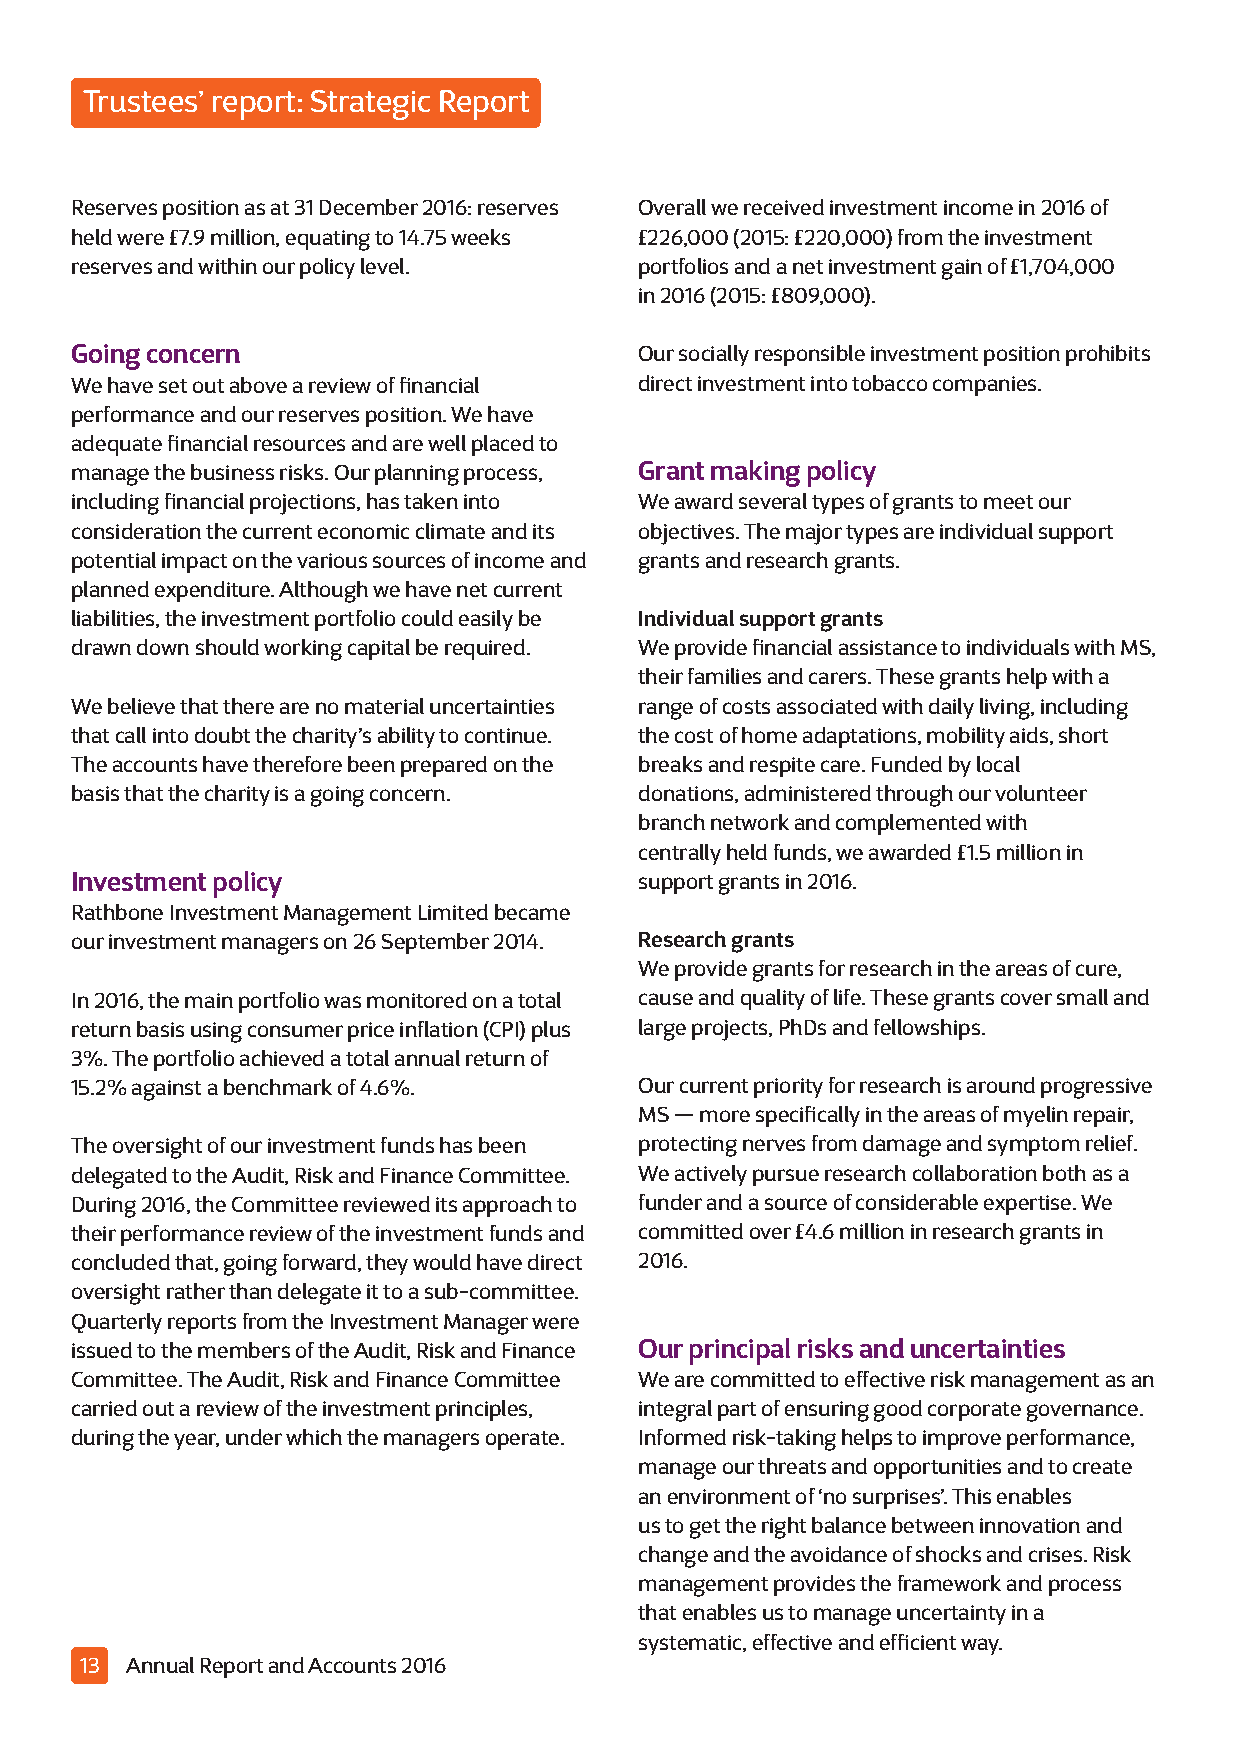
Trustees’ report: Strategic Report
 Reserves position as at 31 December 2016: reserves Overall we received investment income in 2016 of
 held were £7.9 million, equating to 14.75 weeks £226,000 (2015: £220,000) from the investment
 reserves and within our policy level. portfolios and a net investment gain of £1,704,000
 in 2016 (2015: £809,000).
 Going concern                        Our socially responsible investment position prohibits
 We have set out above a review of financial direct investment into tobacco companies.
 performance and our reserves position. We have
 adequate financial resources and are well placed to
 manage the business risks. Our planning process, Grant making policy
 including financial projections, has taken into We award several types of grants to meet our
 consideration the current economic climate and its objectives. The major types are individual support
 potential impact on the various sources of income and grants and research grants.
 planned expenditure. Although we have net current
 liabilities, the investment portfolio could easily be Individual support grants
 drawn down should working capital be required. We provide financial assistance to individuals with MS,
 their families and carers. These grants help with a
 We believe that there are no material uncertainties range of costs associated with daily living, including
 that call into doubt the charity’s ability to continue. the cost of home adaptations, mobility aids, short
 The accounts have therefore been prepared on the breaks and respite care. Funded by local
 basis that the charity is a going concern. donations, administered through our volunteer
 branch network and complemented with
 centrally held funds, we awarded £1.5 million in
 Investment policy                    support grants in 2016.
 Rathbone Investment Management Limited became
 our investment managers on 26 September 2014. Research grants
 We provide grants for research in the areas of cure,
 In 2016, the main portfolio was monitored on a total cause and quality of life. These grants cover small and
 return basis using consumer price inflation (CPI) plus large projects, PhDs and fellowships.
 3%. The portfolio achieved a total annual return of
 15.2% against a benchmark of 4.6%.   Our current priority for research is around progressive
 MS — more specifically in the areas of myelin repair,
 The oversight of our investment funds has been protecting nerves from damage and symptom relief.
 delegated to the Audit, Risk and Finance Committee. We actively pursue research collaboration both as a
 During 2016, the Committee reviewed its approach to funder and a source of considerable expertise. We
 their performance review of the investment funds and committed over £4.6 million in research grants in
 concluded that, going forward, they would have direct 2016.
 oversight rather than delegate it to a sub-committee.
 Quarterly reports from the Investment Manager were
 issued to the members of the Audit, Risk and Finance Our principal risks and uncertainties
 Committee. The Audit, Risk and Finance Committee We are committed to effective risk management as an
 carried out a review of the investment principles, integral part of ensuring good corporate governance.
 during the year, under which the managers operate. Informed risk-taking helps to improve performance,
 manage our threats and opportunities and to create
 an environment of ‘no surprises’. This enables
 us to get the right balance between innovation and
 change and the avoidance of shocks and crises. Risk
 management provides the framework and process
 that enables us to manage uncertainty in a
 systematic, effective and efficient way.
 13 Annual Report and Accounts 2016